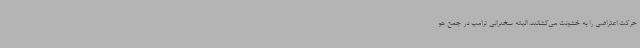
حرکت اعتراضی را به خشونت می‌کشانند. البته سخنرانی ترامپ در جمع هو